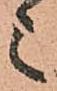
ミ